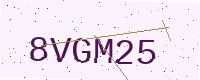
Text: 8VGM25